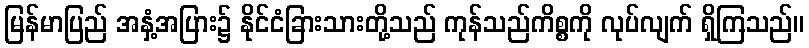
မြန်မာပြည် အနှံ့အပြား၌ နိုင်ငံခြားသားတို့သည် ကုန်သည်ကိစ္စကို လုပ်လျက် ရှိကြသည်။